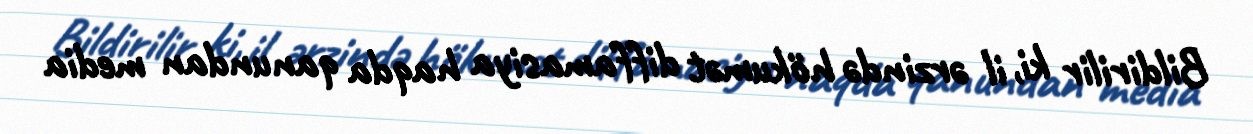
Bildirilir ki, il ərzində hökumət diffamasiya haqda qanundan media